Report on metropolitan horse fairs and district horse shows of 1891-92 - 1891-1892
Year: 1891
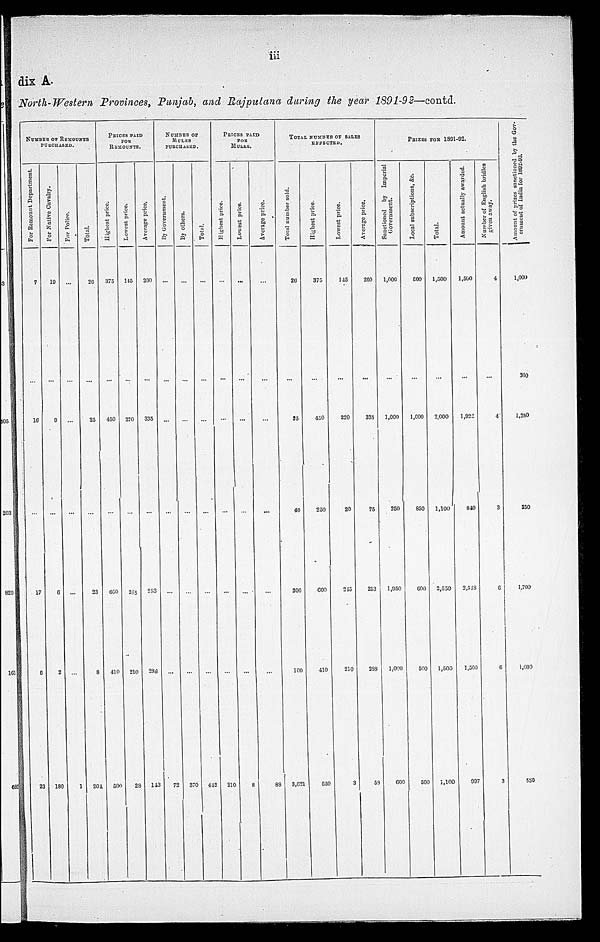
iii
dix A.
North-Western Provinces, Punjab, and Rajputana during the year 1891-92—contd.
NUMBER OF REMOUNTS
PURCHASED.
For Remount Department.
7
...
16
17
6
23
For Native Cavalry.
19
...
9
6
2
180
For Police.
...
...
...
...
...
1
Total.
26
...
25
23
8
204
PRICES PAID FOR
REMOUNTS .
Highest price.
375
...
450
600
410
500
Lowest price.
145
...
220
215
210
28
Average price,
260
...
335
253
288
143
NUMBER OF
MULES
PURCHASED.
By
Government.
...
...
...
...
...
72
By others.
...
...
...
...
...
370
Total.
...
...
...
...
...
442
PRICES PAID
FOR
MULES
Highest price.
...
...
...
...
...
210
Lowest price.
...
...
...
...
...
8
Average price.
...
...
...
...
...
88
TOTAL NUMBER OF SALES
EFFECTED.
Total number sold.
26
...
25
40
206
100
3,621
Highest price.
375
...
450
250
600
410
550
Lowest price.
145
...
220
20
215
210
3
Average price.
260
...
335
75
253
288
58
PRICES FOR 1891-92.
Sanctioned by Imperial
Government.
1,000
...
1,000
250
1,950
1,000
600
Local subscriptions, &c.
500
...
1,000
850
600
500
500
Total.
1,500
...
2,000
1,100
2,550
1,500
1,100
Amount actually awarded.
1,500
...
1,922
840
2,518
1,500
997
Number of English bridles
given away.
4
...
4
3
6
6
3
Amount of prizes sanctioned by the Gov-
ernment of India for 1892-93.
1,000
300
1,250
250
1,700
1,600
550